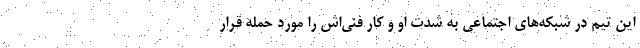
این تیم در شبکه‌های اجتماعی به شدت او و کار فنی‌اش را مورد حمله قرار